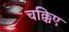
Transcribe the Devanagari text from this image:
चक्किए